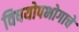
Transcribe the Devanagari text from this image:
विषयोपभोगाचे